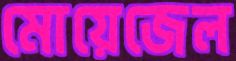
মোয়েজেল